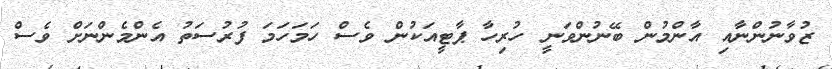
ޒުވާނުންނާއި އާންމުން ބޭނުންވަނީ ހުރިހާ ޕާޓީއަކުން ވެސް ހަމަހަމަ ފުރުސަތު އެންމެންނަށް ވެސް